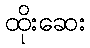
ထိုးဆေး